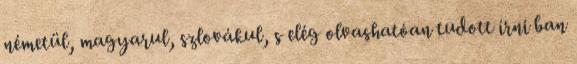
németül, magyarul, szlovákul, s elég olvashatóan tudott írni ban